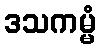
ဒသကမ္မံ